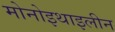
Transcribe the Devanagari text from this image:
मोनोइथाइलीन